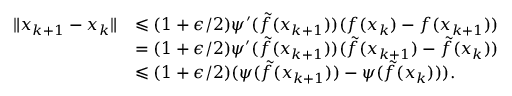
\begin{array} { r l } { \| x _ { k + 1 } - x _ { k } \| } & { \leqslant ( 1 + \epsilon / 2 ) \psi ^ { \prime } ( \tilde { f } ( x _ { k + 1 } ) ) ( f ( x _ { k } ) - f ( x _ { k + 1 } ) ) } \\ & { = ( 1 + \epsilon / 2 ) \psi ^ { \prime } ( \tilde { f } ( x _ { k + 1 } ) ) ( \tilde { f } ( x _ { k + 1 } ) - \tilde { f } ( x _ { k } ) ) } \\ & { \leqslant ( 1 + \epsilon / 2 ) ( \psi ( \tilde { f } ( x _ { k + 1 } ) ) - \psi ( \tilde { f } ( x _ { k } ) ) ) . } \end{array}